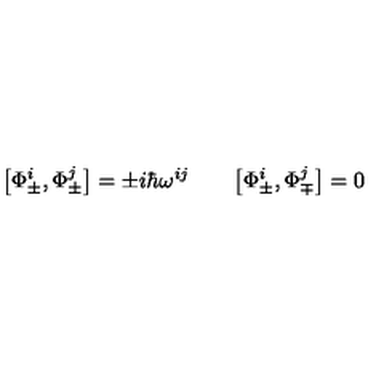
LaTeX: \bigl [ \Phi _ { \pm } ^ { i } , \Phi _ { \pm } ^ { j } \bigr ] = \pm i \hbar \omega ^ { i j } \qquad \bigl [ \Phi _ { \pm } ^ { i } , \Phi _ { \mp } ^ { j } \bigr ] = 0